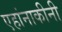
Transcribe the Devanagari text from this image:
एहांनाकीनी